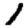
Digit: 1